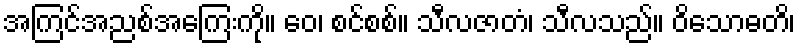
အကြင်အညစ်အကြေးကို။ ဝေ၊ စင်စစ်။ သီလဇာတံ၊ သီလသည်။ ဝိသောဓတိ၊